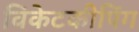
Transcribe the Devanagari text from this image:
विकेटकीपिंग